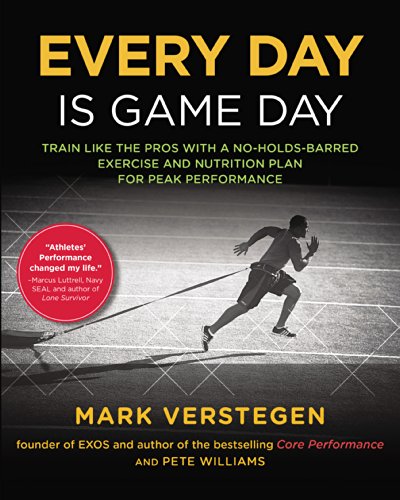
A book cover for Every Day Is Game Day: Train Like the Pros With a No-Holds-Barred Exercise and Nutrition Plan for Peak Performance; Mark Verstegen; Health, Fitness & Dieting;